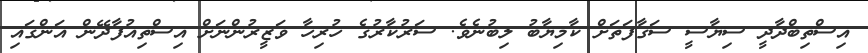
އިސްތިބްދާދީ ސިޔާސީ ސަގާފަތަށް ކާމިޔާބު ލިބުނެވެ. ސަރުކާރުގެ ހުރިހާ ވަޒީރުންނަށް އިސްތިއުފާދޭން އަންގައި